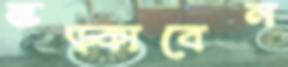
ভড়্‌কাবেন